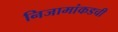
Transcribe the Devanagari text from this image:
निजामांकडची